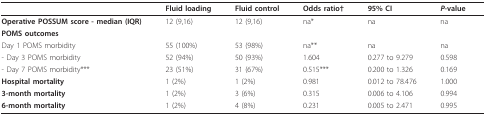
|  | Fluid loading | Fluid control | Odds ratio† | 95% CI | P-value |
 | --- | --- | --- | --- | --- | --- |
 | Operative POSSUM score - median (IQR) | 12 (9,16) | 12 (9,16) | na* | na | na |
 | <COLSPAN=6> POMS outcomes |
 | Day 1 POMS morbidity | 55 (100%) | 53 (98%) | na** | na | na |
 | - Day 3 POMS morbidity | 52 (94%) | 50 (93%) | 1.604 | 0.277 to 9.279 | 0.598 |
 | - Day 7 POMS morbidity*** | 23 (51%) | 31 (67%) | 0.515*** | 0.200 to 1.326 | 0.169 |
 | Hospital mortality | 1 (2%) | 1 (2%) | 0.981 | 0.012 to 78.476 | 1.000 |
 | 3-month mortality | 1 (2%) | 3 (6%) | 0.315 | 0.006 to 4.106 | 0.994 |
 | 6-month mortality | 1 (2%) | 4 (8%) | 0.231 | 0.005 to 2.471 | 0.995 |